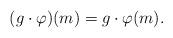
LaTeX: \begin{align*}(g\cdot\varphi)(m)=g\cdot\varphi(m).\end{align*}